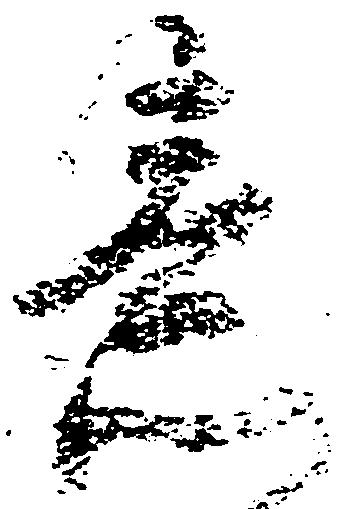
意